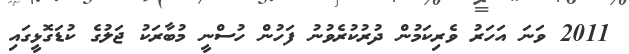
2011 ވަނަ އަހަރު ވެރިކަމުން ދުރުކުރެވުނު ފަހުން ހުސްނީ މުބާރަކު ޖަލުގެ ކުޑަގޮޅީގައި